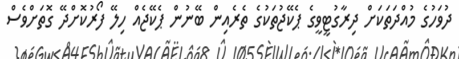
ދުވަހުގެ މުއްދަތަކަށް ދިރާގުޓީވީގެ ޕެކޭޖުތަކުގެ ތެރެއިން ބޭނުން ޕެކޭޖެއް ހިލޭ ފޯރުކޮށްދޭ ގޮތަށްވެސް